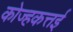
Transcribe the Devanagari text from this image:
कोज्हकत्तई